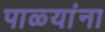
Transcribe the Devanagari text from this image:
पाळ्यांना